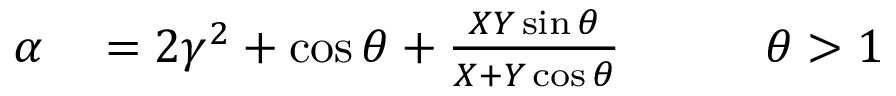
\begin{array} { r l r } { \alpha } & { { } = 2 \gamma ^ { 2 } + \cos \theta + \frac { X Y \sin \theta } { X + Y \cos \theta } \qquad } & { \theta > 1 } \end{array}